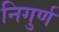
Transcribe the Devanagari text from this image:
निगुर्ण